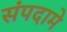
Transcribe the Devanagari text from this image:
संपदामे